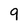
Character: 9